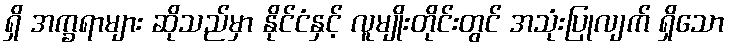
ရှိ အက္ခရာများ ဆိုသည်မှာ နိုင်ငံနှင့် လူမျိုးတိုင်းတွင် အသုံးပြုလျက် ရှိသော